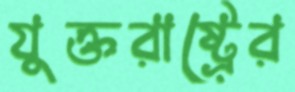
যুক্তরাষ্ট্রের